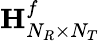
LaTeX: {\mathbf{H}}_{N_{R}\times N_{T}}^{f}